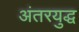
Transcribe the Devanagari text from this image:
अंतरयुद्ध